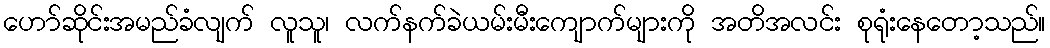
ဟော်ဆိုင်းအမည်ခံလျက် လူသူ၊ လက်နက်ခဲယမ်းမီးကျောက်များကို အတိအလင်း စုရုံးနေတော့သည်။